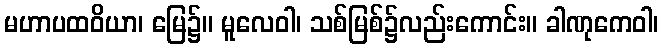
မဟာပထဝိယာ၊ မြေ၌။ မူလေဝါ၊ သစ်မြစ်၌လည်းကောင်း။ ခါဏုကေဝါ၊